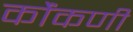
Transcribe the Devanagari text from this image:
कोंंकणी